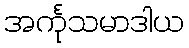
အင်္ကုသမာဒါယ